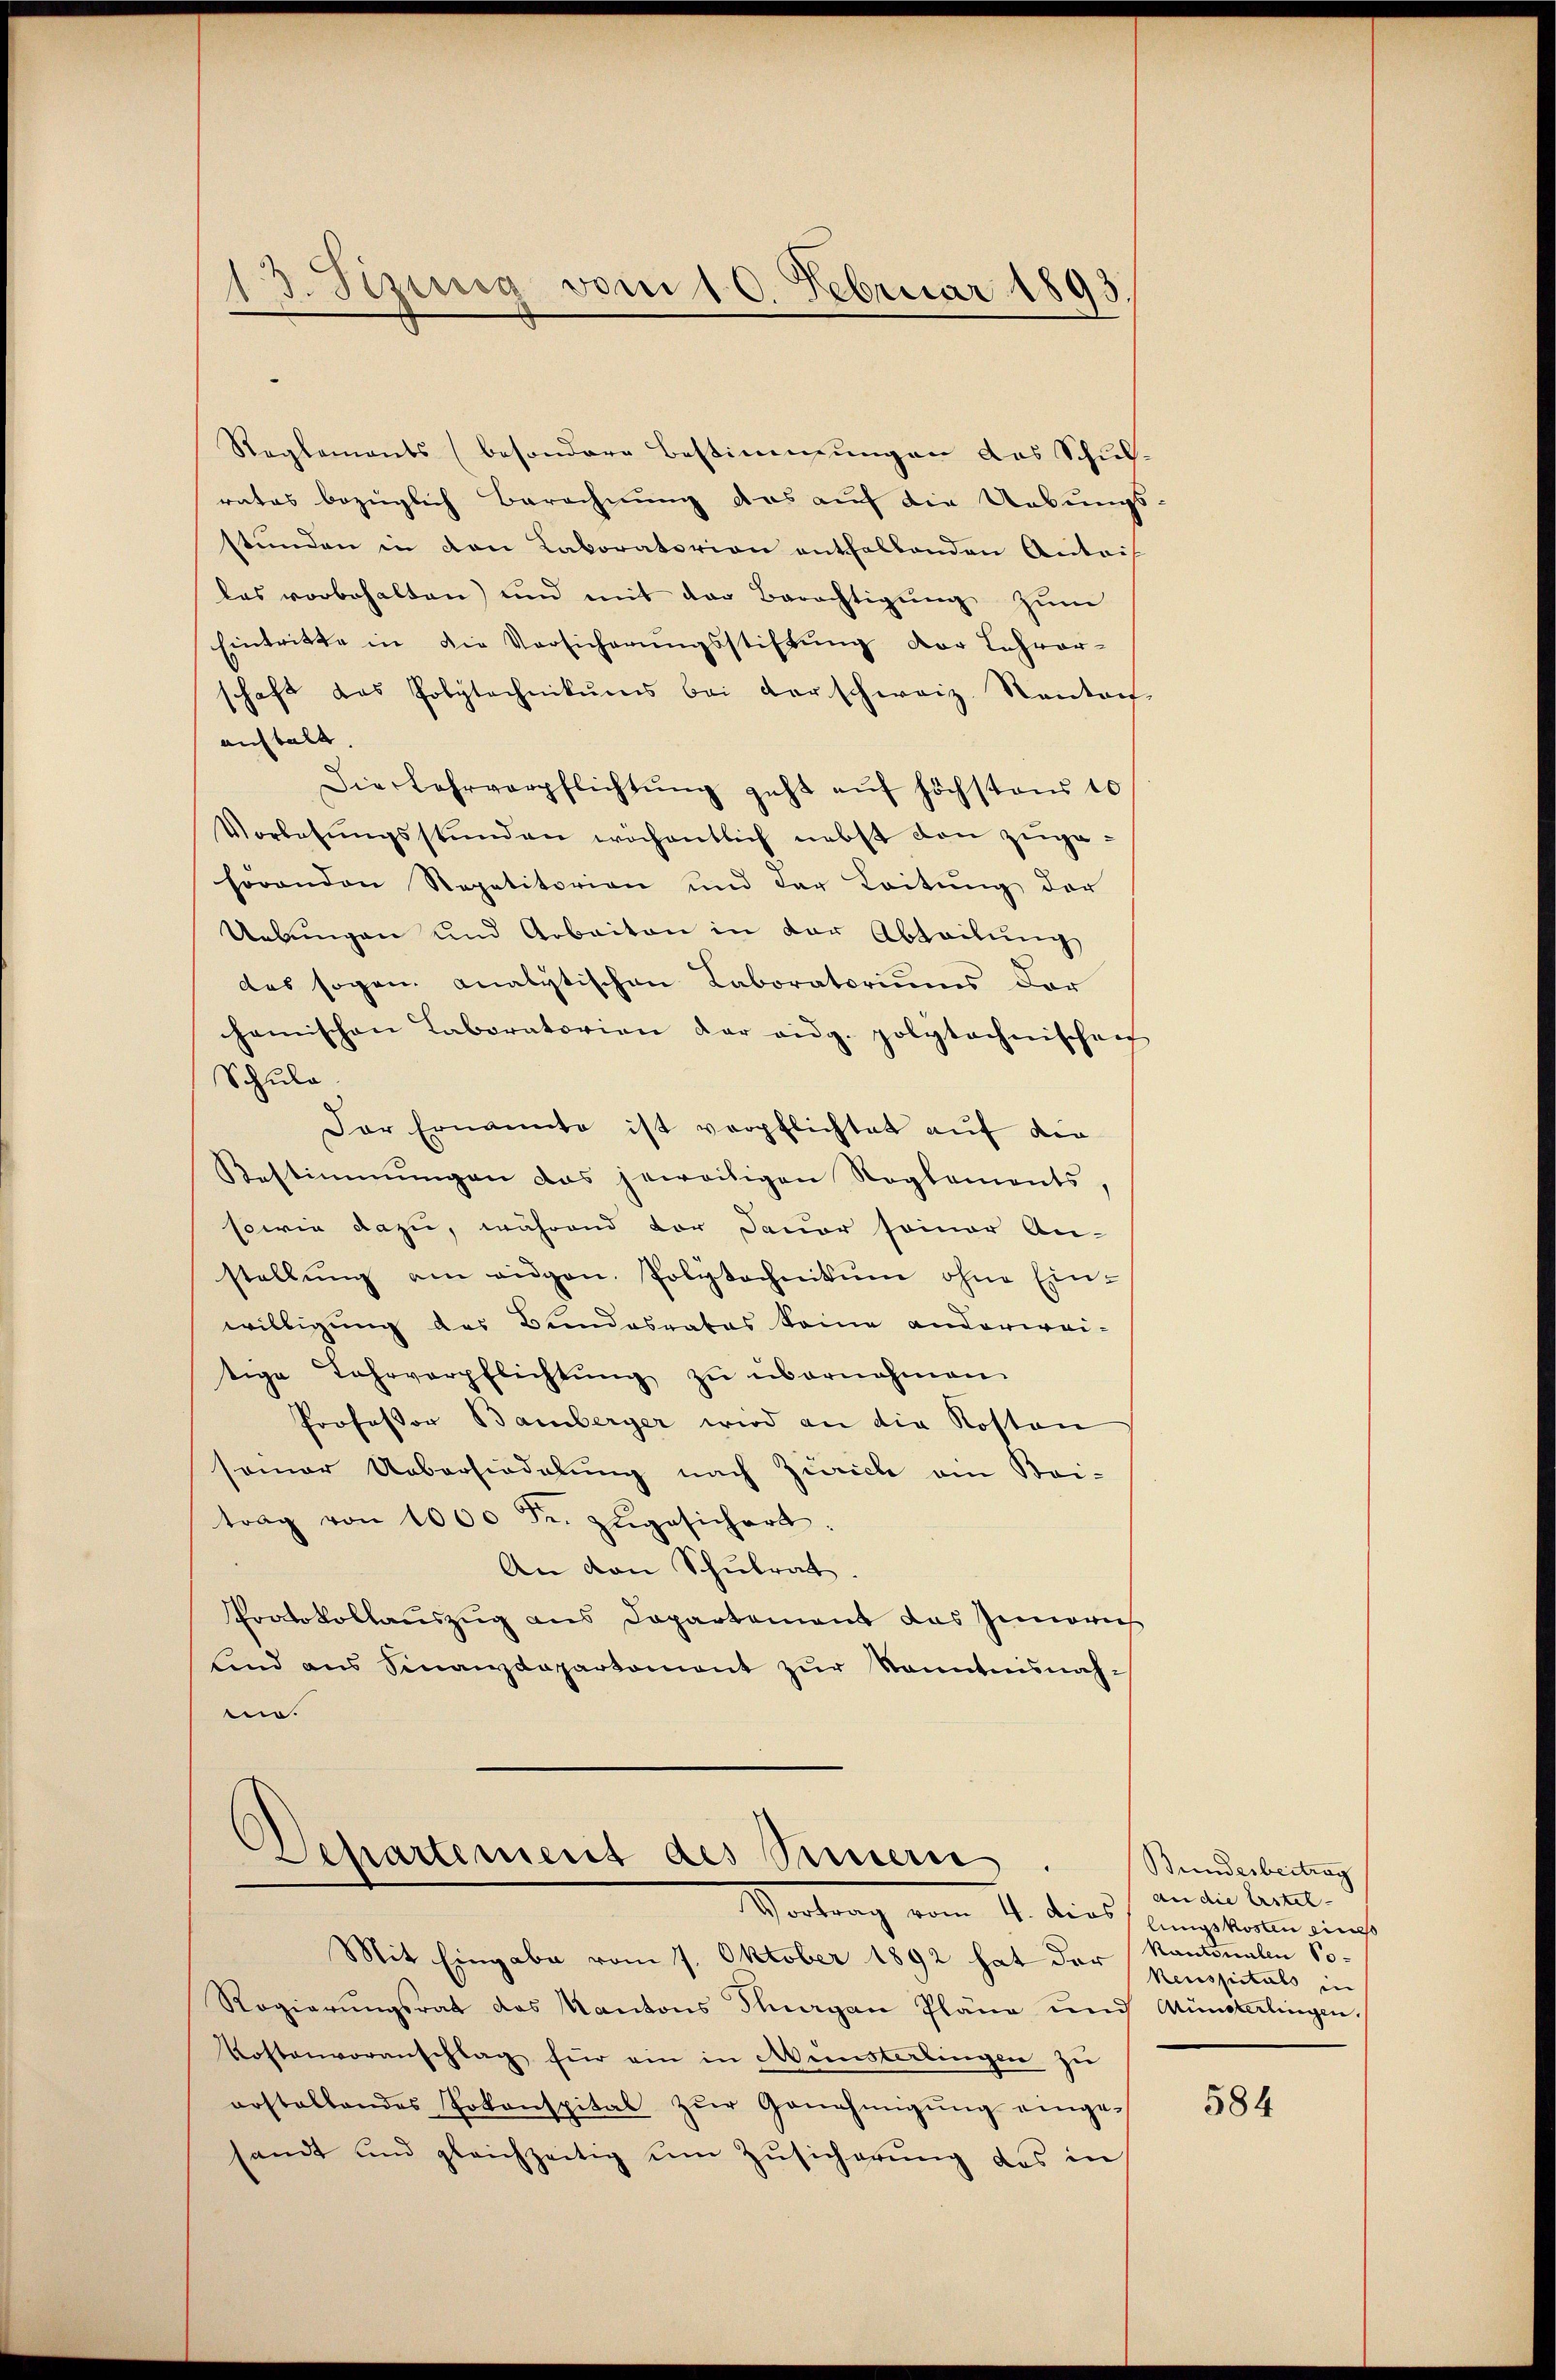
Sizung vom 10. Februar 1893.
.

Reglements (besondere Bestimmungen das Schulrates bezüglich Berechnung das auf die Uebungs-
stünden in den Kaboratorion entfallenden Antois
las vorbehalten) und mit der Berechtigŭng zum
Eintritte in die Versicherungsstiftung der Lehrer-
schaft das Polytechnikums bei Vorschweiz. Kantons-
aufbalt. |
Die Lehrverpflichtŭng geht aŭf höchstens 10
Vorlesŭngsstunden wöchentlich nebst den zŭge-
hörenden Repetitorian und der Leitung der
Uebungen und Arbeiten in der Abteilung
des sogen analytischen Laboratoriums der
chemischen Laboratorien der eidg. polytechnischen
Schule.
Der Ernannte ist verpflichtet auf die
Bestimmungen das jeweitigen Reglements,
sowie dazu, während vor Dauer seiner An-
stellŭng am eidgen. Polytechnikum ohne Ein-
willigung des Bundesrates keine anderwei-
tige Jahrverpflichtŭng zŭ übernahmen.
Professor Bamberger wird an die Kosten
semar Uebersiedelung nach Zürich ain Sei-
trag von 1000 Fr. zŭgesichert.
An den Schulrat.
Protokollauszug aus Departement das Inneres
sind aus Sinanzdepartement zŭr Kenntnisnah¬
.

Separtement des Sinnern

Vortrag vom 11. dies vor nicht
Mit Eingabe vom 7. Oktober 1892 hat der penspitals in
Regierungsrat das Kantons Thurgan Pläne und Münsterlingen.
Kostenvoranschlag für ein in Münsterlingen zŭ
arstellendes Jokonspital zŭr Genehmigŭng einge-
sandt und gleichzeitig um Zusicherung des in

Bundesbeitrag
an die Erstel-
Mannes ein allen So

584